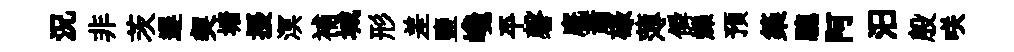
況非茨遅契塘擾溟補城形差鹽巉平磬廐蕭碌薄僢爍預築驄阿汨殷咲